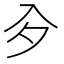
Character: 㒱